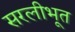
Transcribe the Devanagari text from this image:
सरलीभूत